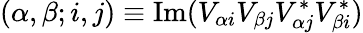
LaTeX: (\alpha,\beta;i,j)\equiv\operatorname{Im}(V_{\alpha i}V_{\beta j}V_{\alpha j}^{*}V_{\beta i}^{*})